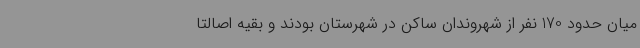
میان حدود 170 نفر از شهروندان ساکن در شهرستان بودند و بقیه اصالتاً